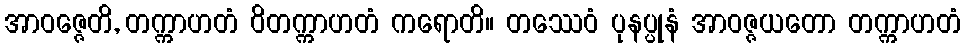
အာဝဇ္ဇေတိ, တက္ကာဟတံ ဝိတက္ကာဟတံ ကရောတိ။ တဿေဝံ ပုနပ္ပုနံ အာဝဇ္ဇယတော တက္ကာဟတံ